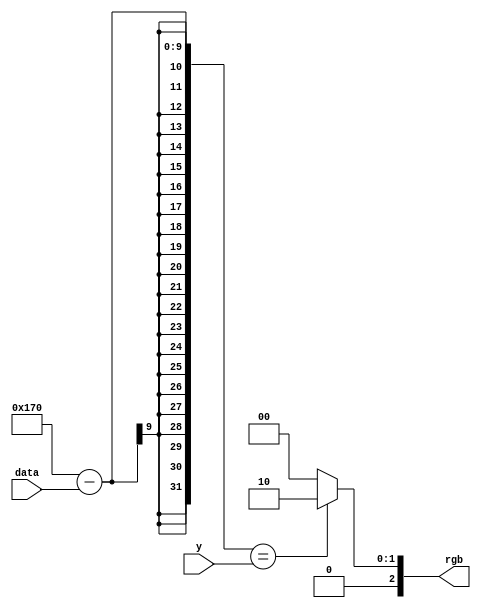
module waveGen(input[7:0]data, input[9:0] y, output[2:0] rgb);
	assign rgb = ((368 - data) == y) ? 3'b010 : 3'b000;
endmodule